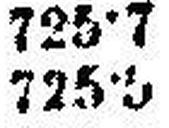
725·5